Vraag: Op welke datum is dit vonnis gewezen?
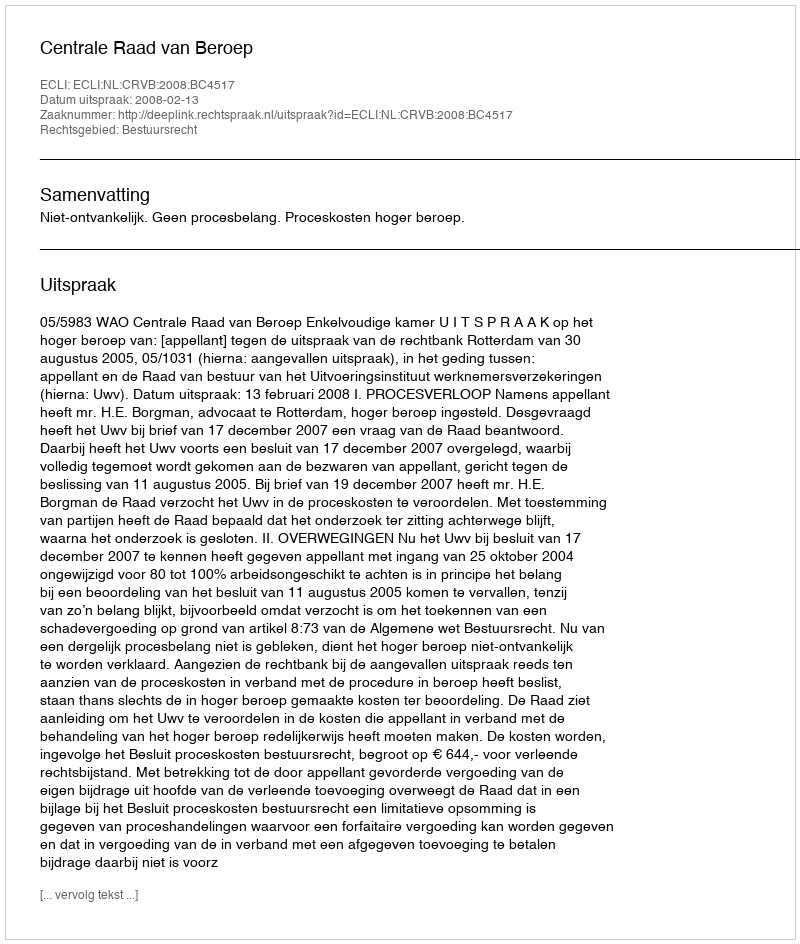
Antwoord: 2008-02-13